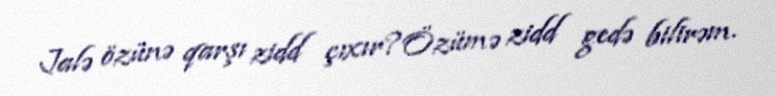
Jalə özünə qarşı zidd çıxır?Özümə zidd gedə bilirəm.